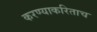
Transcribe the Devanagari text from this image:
करण्याकरिताच